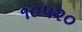
૧૦૫૨૦